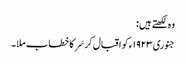
وہ لکھتے ہیں :
جنوری ١٩٢٣ء کو اقبال کر سَر کا خطاب ملا۔